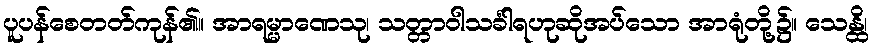
ပူပန်စေတတ်ကုန်၏။ အာရမ္မာဏေသု၊ သတ္တာဝါသင်္ခါရဟုဆိုအပ်သော အာရုံတို့၌။ သေန္ထိ၊